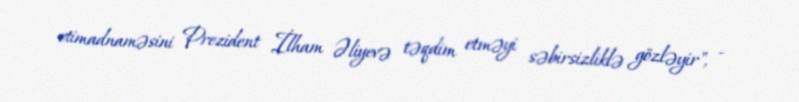
etimadnaməsini Prezident İlham Əliyevə təqdim etməyi səbirsizliklə gözləyir", -